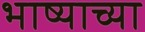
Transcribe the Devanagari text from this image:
भाष्याच्या